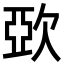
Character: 㰳